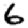
Digit: 6